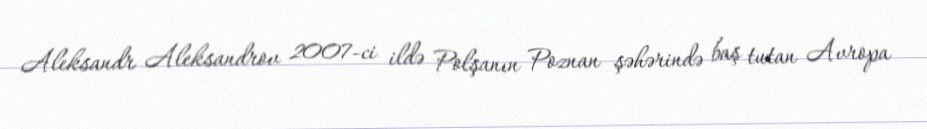
Aleksandr Aleksandrov 2007-ci ildə Polşanın Poznan şəhərində baş tutan Avropa